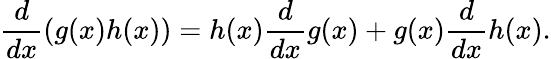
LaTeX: {\frac{d}{dx}}(g(x)h(x))=h(x){\frac{d}{dx}}g(x)+g(x){\frac{d}{dx}}h(x).